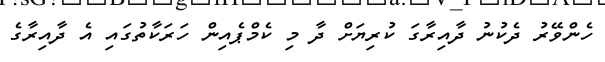
ހެންވޭރު ދެކުނު ދާއިރާގަ ކުރިޔަށް ދާ މި ކެމްޕެއިން ހަރަކާތުގައި އެ ދާއިރާގެ